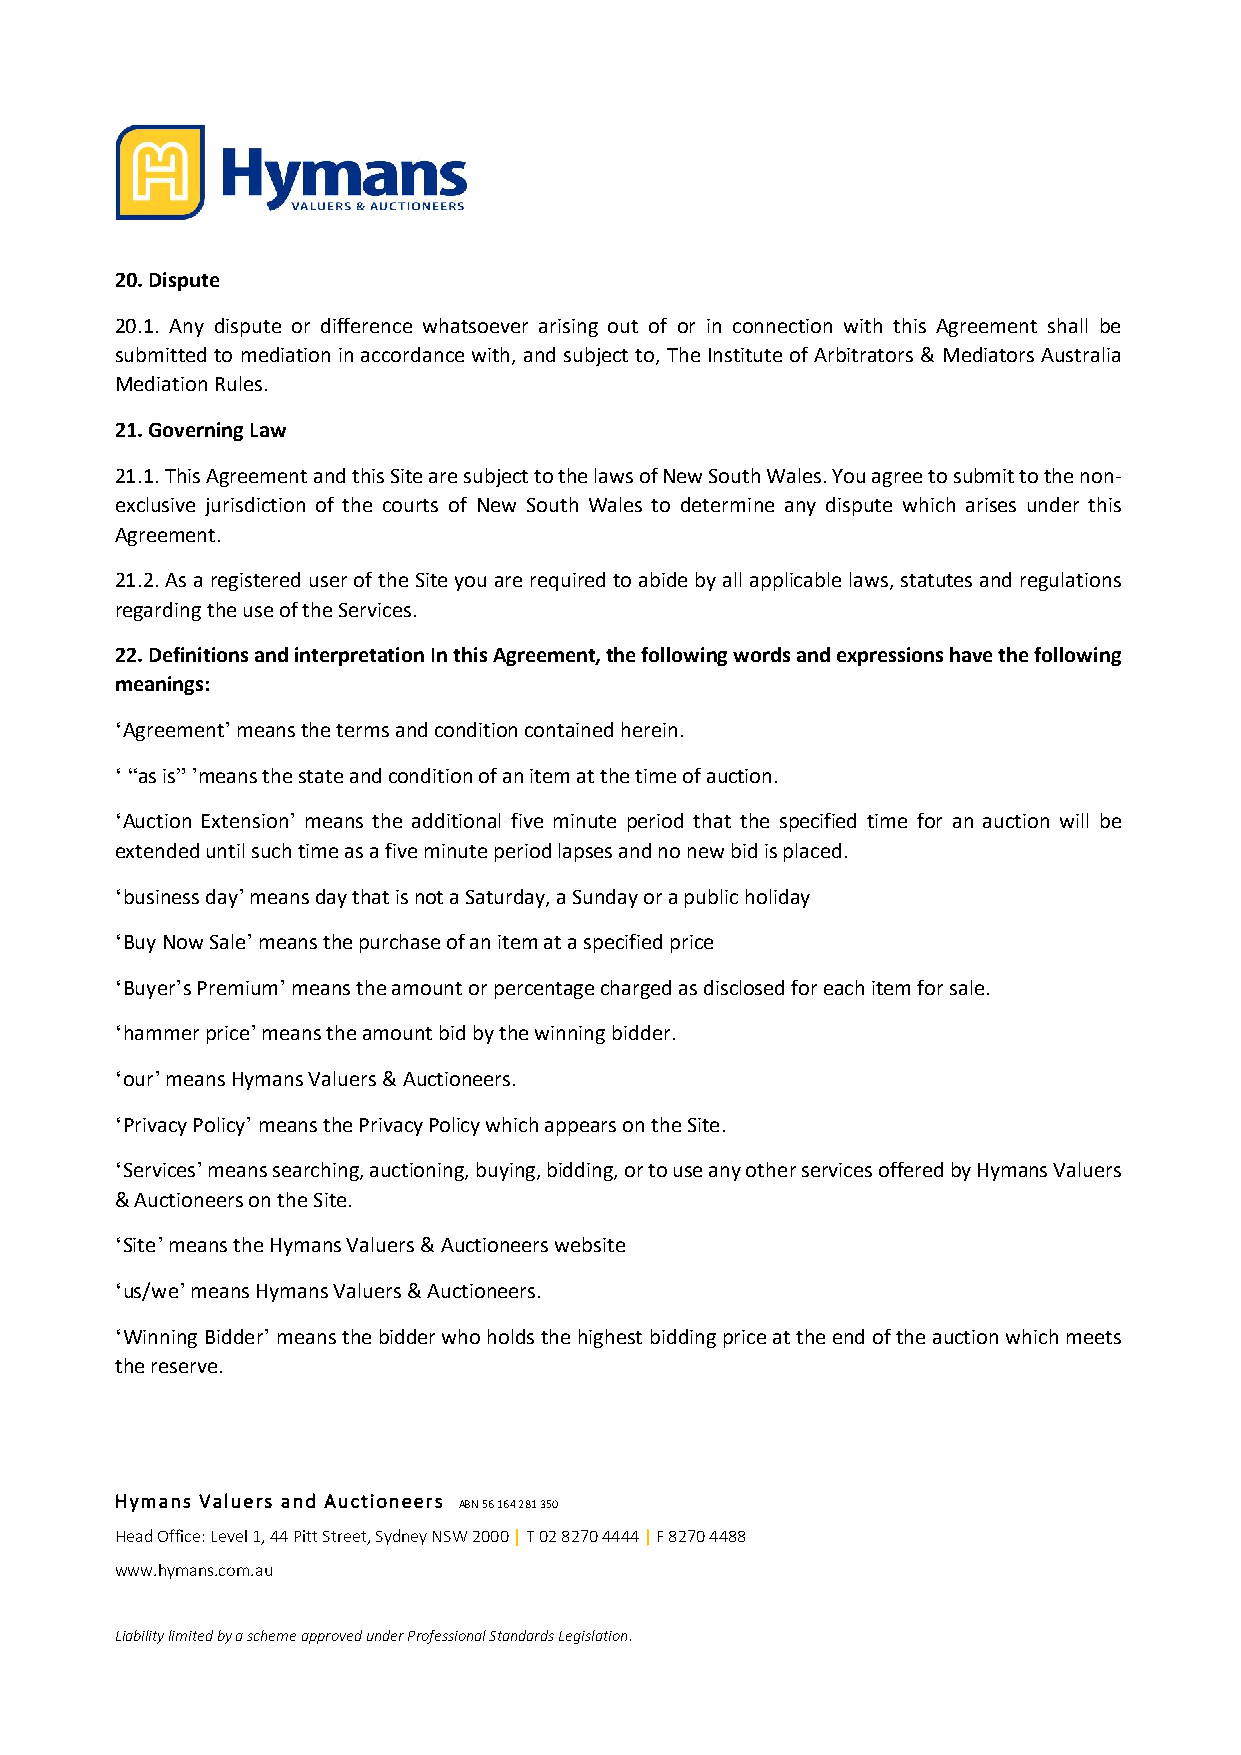
20. Dispute
 20.1. Any dispute or difference whatsoever arising out of or in connection with this Agreement shall be
 submitted to mediation in accordance with, and subject to, The Institute of Arbitrators & Mediators Australia
 Mediation Rules.
 21. Governing Law
 21.1. This Agreement and this Site are subject to the laws of New South Wales. You agree to submit to the non-
 exclusive jurisdiction of the courts of New South Wales to determine any dispute which arises under this
 Agreement.
 21.2. As a registered user of the Site you are required to abide by all applicable laws, statutes and regulations
 regarding the use of the Services.
 22. Definitions and interpretation In this Agreement, the following words and expressions have the following
 meanings:
 ‘Agreement’ means the terms and condition contained herein.
 ‘ “as is” ’means the state and condition of an item at the time of auction.
 ‘Auction Extension’ means the additional five minute period that the specified time for an auction will be
 extended until such time as a five minute period lapses and no new bid is placed.
 ‘business day’ means day that is not a Saturday, a Sunday or a public holiday
 ‘Buy Now Sale’ means the purchase of an item at a specified price
 ‘Buyer’s Premium’ means the amount or percentage charged as disclosed for each item for sale.
 ‘hammer price’ means the amount bid by the winning bidder.
 ‘our’ means Hymans Valuers & Auctioneers.
 ‘Privacy Policy’ means the Privacy Policy which appears on the Site.
 ‘Services’ means searching, auctioning, buying, bidding, or to use any other services offered by Hymans Valuers
 & Auctioneers on the Site.
 ‘Site’ means the Hymans Valuers & Auctioneers website
 ‘us/we’ means Hymans Valuers & Auctioneers.
 ‘Winning Bidder’ means the bidder who holds the highest bidding price at the end of the auction which meets
 the reserve.
 Hymans Valuers and Auctioneers ABN 56 164 281 350
 Head Office: Level 1, 44 Pitt Street, Sydney NSW 2000 | T 02 8270 4444 | F 8270 4488
 www.hymans.com.au
 Liability limited by a scheme approved under Professional Standards Legislation.